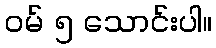
ဝမ် ၅ သောင်းပါ။